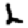
Digit: 2